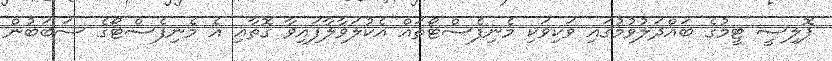
ޕޮލިސީ ޓީމުގެ ބައްދަލުވުމުގައި ވަކިވަކި މެނިފެސްޓޯތައް އެކުލަވާލާފައިވާ ގޮތާއި އެ މެނިފެސްޓޯގެ ސަބަބުން